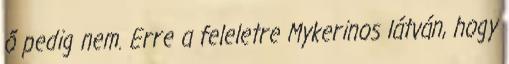
ő pedig nem. Erre a feleletre Mykerinos látván, hogy